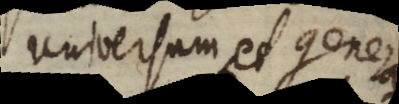
universum, et gene